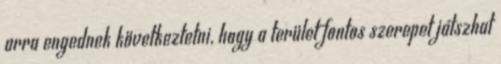
arra engednek következtetni, hogy a terület fontos szerepet játszhat